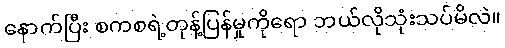
နောက်ပြီး စကစရဲ့တုန့်ပြန်မှုကိုရော ဘယ်လိုသုံးသပ်မိလဲ။